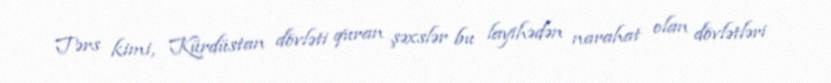
Tərs kimi, Kürdüstan dövləti quran şəxslər bu layihədən narahat olan dövlətləri